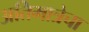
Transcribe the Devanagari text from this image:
अतिमात्रेचा